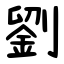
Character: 劉